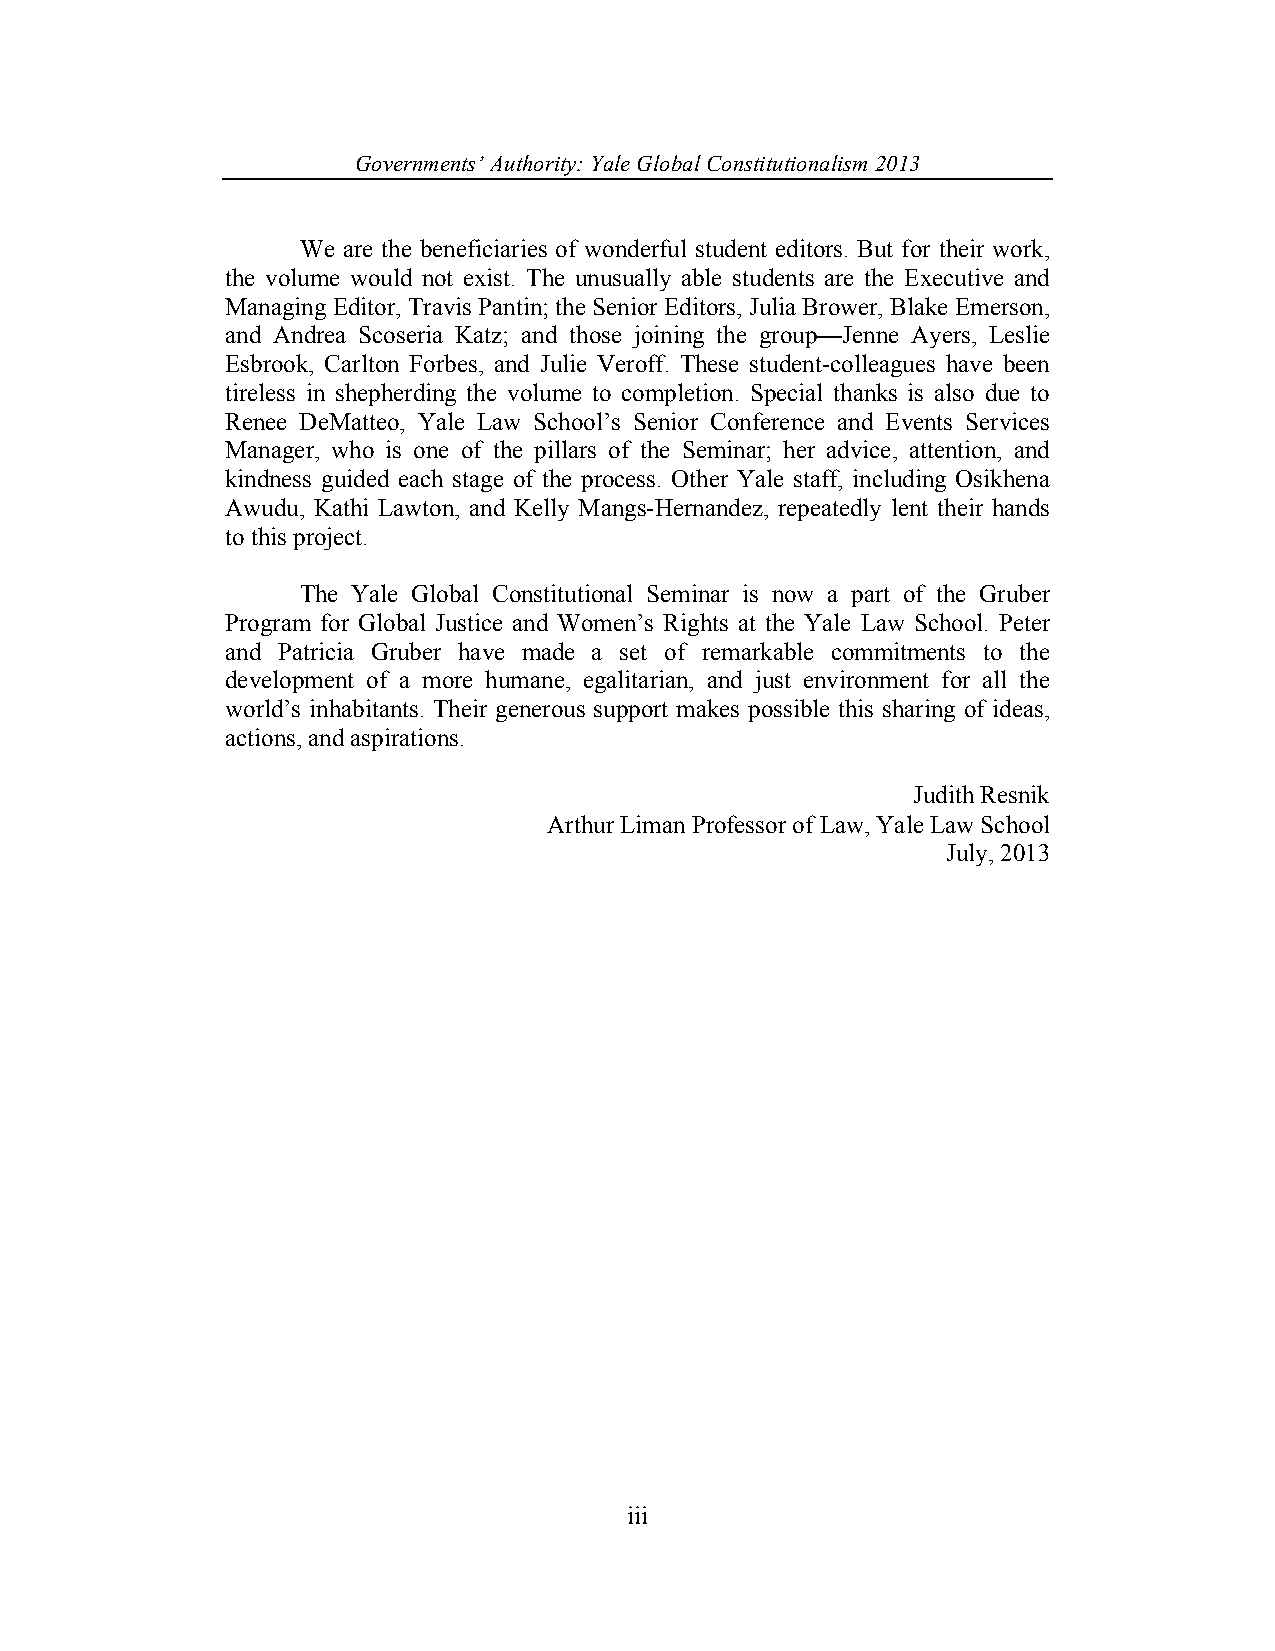
Governments’ Authority: Yale Global Constitutionalism 2013
 We are the beneficiaries of wonderful student editors. But for their work,
 the volume would not exist. The unusually able students are the Executive and
 Managing Editor, Travis Pantin; the Senior Editors, Julia Brower, Blake Emerson,
 and Andrea Scoseria Katz; and those joining the group—Jenne Ayers, Leslie
 Esbrook, Carlton Forbes, and Julie Veroff. These student-colleagues have been
 tireless in shepherding the volume to completion. Special thanks is also due to
 Renee DeMatteo, Yale Law School’s Senior Conference and Events Services
 Manager, who is one of the pillars of the Seminar; her advice, attention, and
 kindness guided each stage of the process. Other Yale staff, including Osikhena
 Awudu, Kathi Lawton, and Kelly Mangs-Hernandez, repeatedly lent their hands
 to this project.
 The Yale Global Constitutional Seminar is now a part of the Gruber
 Program for Global Justice and Women’s Rights at the Yale Law School. Peter
 and Patricia Gruber have made a set of remarkable commitments to the
 development of a more humane, egalitarian, and just environment for all the
 world’s inhabitants. Their generous support makes possible this sharing of ideas,
 actions, and aspirations.
 Judith Resnik
 Arthur Liman Professor of Law, Yale Law School
 July, 2013
 iii